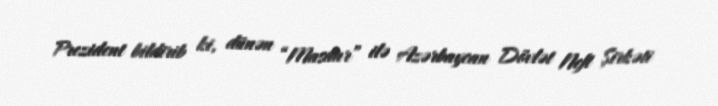
Prezident bildirib ki, dünən “Masdar” ilə Azərbaycan Dövlət Neft Şirkəti